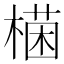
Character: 𣙊